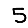
Digit: 5